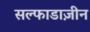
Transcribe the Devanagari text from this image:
सल्फाडाज़ीन